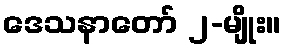
ဒေသနာတော် ၂-မျိုး။